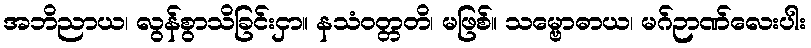
အဘိညာယ၊ လွန်စွာသိခြင်းငှာ။ နသံဝတ္တတိ၊ မဖြစ်။ သမ္ဗောဓာယ၊ မဂ်ဉာဏ်လေးပါး